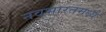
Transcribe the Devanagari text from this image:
नवभारतमध्ये